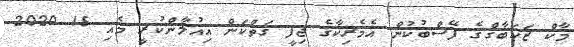
މާކް ޒަކަބާގްގެ ފޭސްބުކުން އެމެރިކާގެ ޖިފީ ގަތްކަން އިއުލާންކުރީ މެއި 15 2020